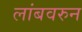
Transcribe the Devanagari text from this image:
लांबवरुन